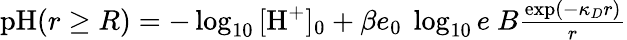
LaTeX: \begin{array}{r}{\textrm{pH}(r\geq R)=-\log_{10}{[\textrm{H}^{+}]_{0}}+\beta e_{0}~\log_{10}{e}~B\frac{\exp(-\kappa_{D}r)}{r}}\end{array}